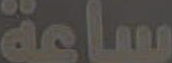
ساعة